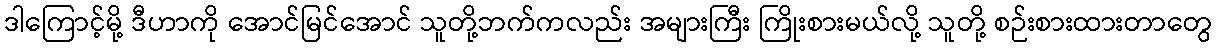
ဒါကြောင့်မို့ ဒီဟာကို အောင်မြင်အောင် သူတို့ဘက်ကလည်း အများကြီး ကြိုးစားမယ်လို့ သူတို့ စဉ်းစားထားတာတွေ